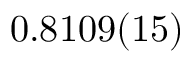
0 . 8 1 0 9 ( 1 5 )